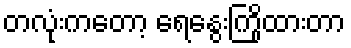
တလုံးကတော့ ရေနွေးကြိုထားတာ